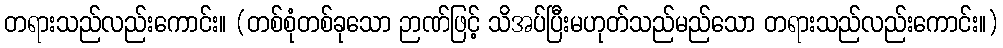
တရားသည်လည်းကောင်း။ (တစ်စုံတစ်ခုသော ဉာဏ်ဖြင့် သိအပ်ပြီးမဟုတ်သည်မည်သော တရားသည်လည်းကောင်း။)